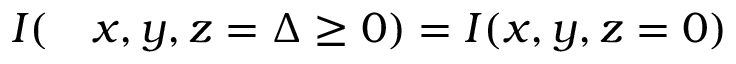
\begin{array} { r l } { I ( } & { { } x , y , z = \Delta \ge 0 ) = I ( x , y , z = 0 ) } \end{array}